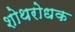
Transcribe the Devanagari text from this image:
शोथरोधक